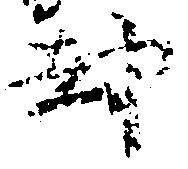
却